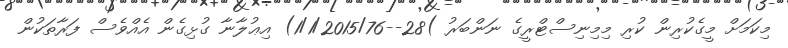
މިކަމަށް މީގެކުރިން ކުރި މިމިނިސްޓްރީގެ ނަންބަރު )28--1/1/2015/76) އިޢުލާނާ ގުޅިގެން އެއްވެސް ފަރާތަކުން